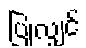
ပြုလျှင်